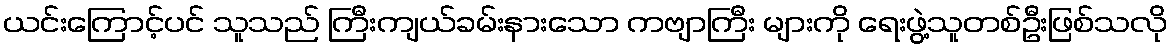
ယင်းကြောင့်ပင် သူသည် ကြီးကျယ်ခမ်းနားသော ကဗျာကြီး များကို ရေးဖွဲ့သူတစ်ဦးဖြစ်သလို